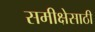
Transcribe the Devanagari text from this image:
समीक्षेसाठी